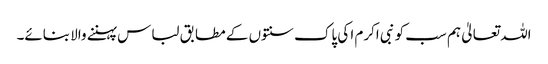
اللہ تعالیٰ ہم سب کو نبی اکرم ا کی پاک سنتوں کے مطابق لباس پہننے والا بنائے۔